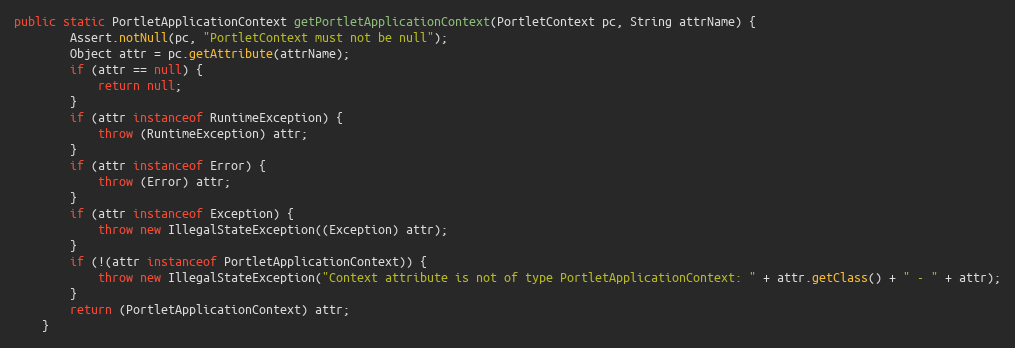
Language: Java
public static PortletApplicationContext getPortletApplicationContext(PortletContext pc, String attrName) {
        Assert.notNull(pc, "PortletContext must not be null");
        Object attr = pc.getAttribute(attrName);
        if (attr == null) {
            return null;
        }
        if (attr instanceof RuntimeException) {
            throw (RuntimeException) attr;
        }
        if (attr instanceof Error) {
            throw (Error) attr;
        }
        if (attr instanceof Exception) {
            throw new IllegalStateException((Exception) attr);
        }
        if (!(attr instanceof PortletApplicationContext)) {
            throw new IllegalStateException("Context attribute is not of type PortletApplicationContext: " + attr.getClass() + " - " + attr);
        }
        return (PortletApplicationContext) attr;
    }